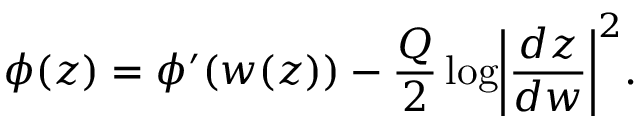
\phi ( z ) = \phi ^ { \prime } ( w ( z ) ) - \frac { Q } { 2 } \log \biggl | \frac { d z } { d w } \biggr | ^ { 2 } .